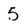
Character: 5